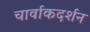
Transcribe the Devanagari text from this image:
चार्वाकदर्शन